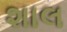
શાલ